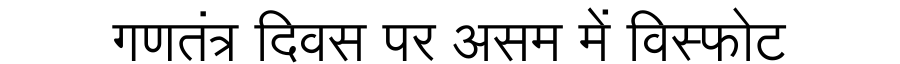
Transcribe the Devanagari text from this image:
गणतंत्र दिवस पर असम में विस्फोट